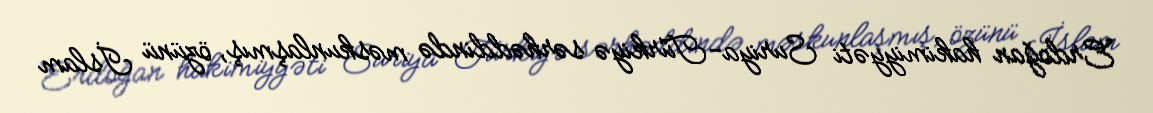
Erdoğan hakimiyyəti Suriya-Türkiyə sərhəddində məskunlaşmış, özünü İslam